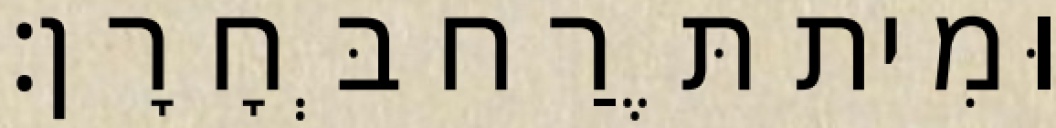
וּמִית תֶּרַח בְּחָרָן׃